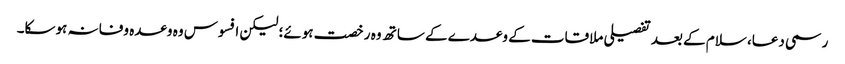
رسمی دعا، سلام کے بعد تفصیلی ملاقات کے وعدے کے ساتھ وہ رخصت ہوئے؛ لیکن افسوس وہ وعدہ وفا نہ ہوسکا۔